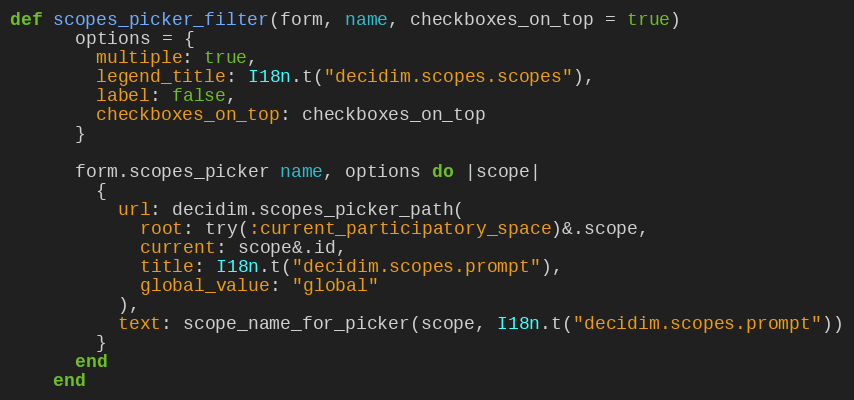
Language: Ruby
def scopes_picker_filter(form, name, checkboxes_on_top = true)
      options = {
        multiple: true,
        legend_title: I18n.t("decidim.scopes.scopes"),
        label: false,
        checkboxes_on_top: checkboxes_on_top
      }

      form.scopes_picker name, options do |scope|
        {
          url: decidim.scopes_picker_path(
            root: try(:current_participatory_space)&.scope,
            current: scope&.id,
            title: I18n.t("decidim.scopes.prompt"),
            global_value: "global"
          ),
          text: scope_name_for_picker(scope, I18n.t("decidim.scopes.prompt"))
        }
      end
    end